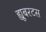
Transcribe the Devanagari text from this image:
ह्यूबरटस